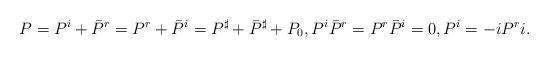
LaTeX: \begin{align*}P = P^i + \bar P^r = P^r + \bar P^i = P^\sharp + \bar P^\sharp + P_0, P^i \bar P^r = P^r \bar P^i = 0, P^i = -i P^r i.\end{align*}